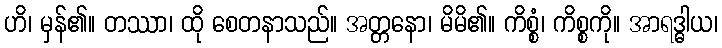
ဟိ၊ မှန်၏။ တဿာ၊ ထို စေတနာသည်။ အတ္တနော၊ မိမိ၏။ ကိစ္စံ၊ ကိစ္စကို။ အာရဒ္ဓါယ၊